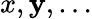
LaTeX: x,\mathbf{y},\dots